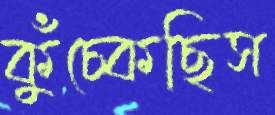
কুঁচ্‌কেছিস